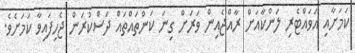
ކަމަށާއި އަވައްޓެރި ލަންކާއަށް ރާއްޖެއިން ވަރަށް ގިނަ ކަންތައްތައް ދަސްކުރަން ޖެހިފައިވާ ކަމަށެވެ.